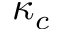
\kappa _ { c }